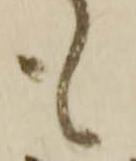
も